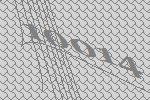
10014